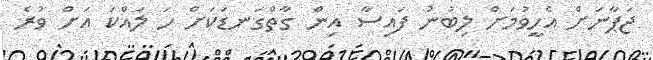
ޖަޕާނަށް އެހީވުމަށް ލިބުނު ފައިސާ އިން ގާތްގަނޑަކަށް ހަ ލައްކަ އަށް ވުރެ